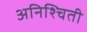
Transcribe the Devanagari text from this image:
अनिश्चिती